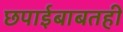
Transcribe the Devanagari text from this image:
छपाईबाबतही